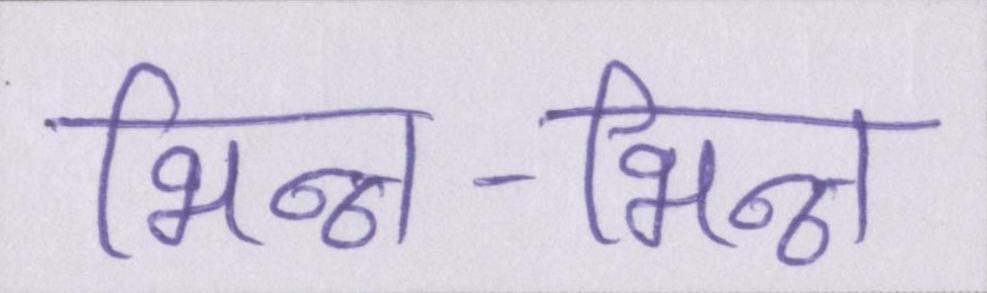
भिन्न-भिन्न